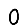
Digit: 0